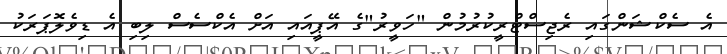
އެ ސެކްޝަންގައި ރެޖިސްޓްރީކުރުމުން "ހަވީރު"ގެ އޭޕީއައި އަށް އެކްސެސް ލިބި އެ ޑިވެލޮޕަރަކު